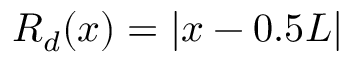
R _ { d } ( x ) = | x - 0 . 5 L |